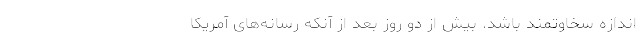
اندازه سخاوتمند باشد. بیش از دو روز بعد از آنکه رسانه‌های آمریکا